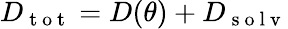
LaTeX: D_{\mathrm{~t~o~t~}}=D(\theta)+D_{\mathrm{~s~o~l~v~}}